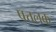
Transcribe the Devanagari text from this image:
पत्तलक